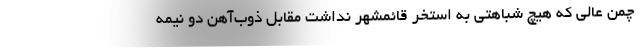
چمن عالی که هیچ شباهتی به استخر قائمشهر نداشت مقابل ذوب‌آهن دو نیمه